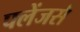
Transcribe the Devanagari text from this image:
फ्लेंजर्स